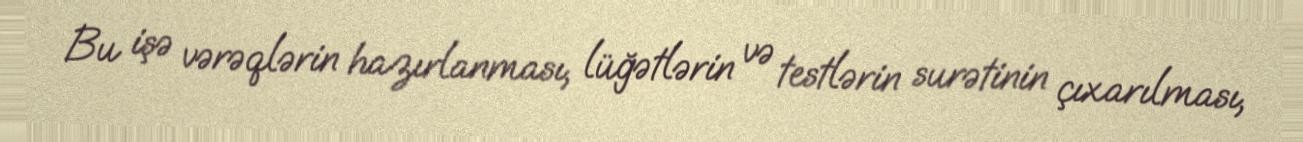
Bu işə vərəqlərin hazırlanması, lüğətlərin və testlərin surətinin çıxarılması,